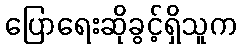
ပြောရေးဆိုခွင့်ရှိသူက